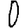
Digit: 0